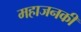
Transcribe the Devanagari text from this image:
महाजनकी